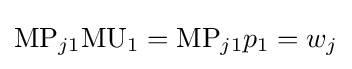
{\text{MP}}_{j1}{\text{MU}}_{1}={\text{MP}}_{j1}p_{1}=w_{j}